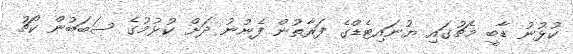
ކުޅުނު ޑާބީ މެޗުގައި ޔުނައިޓެޑްގެ ފަރާތުން ފެނުނު ދަށް ކުޅުމުގެ ސަބަބުން ކޯޗު